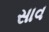
સાવ